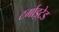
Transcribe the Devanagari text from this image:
टर्माइटेड